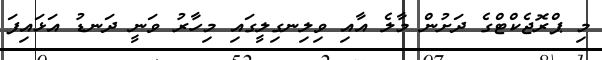
މި ޕްރޮޖެކްޓްގެ ދަށުން މާލެ އާއި ވިލިނގިލީގައި މިހާރު ވަނީ ދަނޑު އަޅައިފަ